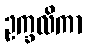
ဥက္ခလိကာ